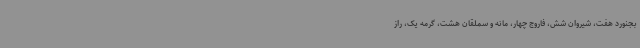
بجنورد هفت، شیروان شش، فاروج چهار، مانه و سملقان هشت، گرمه یک، راز